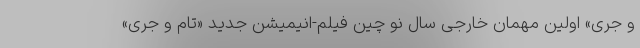
و جری» اولین مهمان خارجی سال نو چین فیلم-انیمیشن جدید «تام و جری»